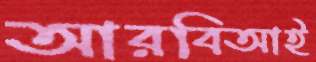
আরবিআই